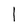
Character: l